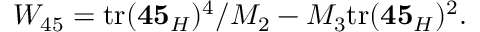
W _ { 4 5 } = \mathrm { t r } ( { \bf 4 5 } _ { H } ) ^ { 4 } / M _ { 2 } - M _ { 3 } \mathrm { t r } ( { \bf 4 5 } _ { H } ) ^ { 2 } .